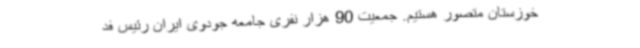
خوزستان متصور هستیم. جمعیت 90 هزار نفری جامعه جودوی ایران رئیس فد